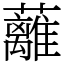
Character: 蘺